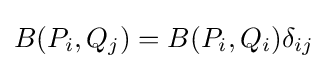
B(P_{i},Q_{j})=B(P_{i},Q_{i})\delta _{ij}